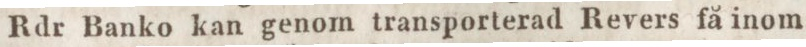
Rdr Banko kan genom transporterad Revers få inom